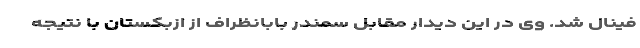
فینال شد. وی در این دیدار مقابل سمندر بابانظراف از ازبکستان با نتیجه